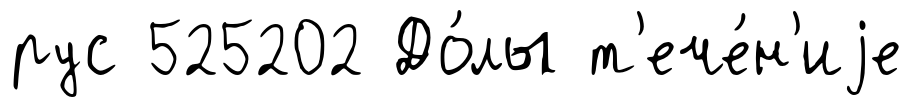
рус 525202 До́лы т'ече́н'иjе